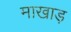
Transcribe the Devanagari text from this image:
माखाड़